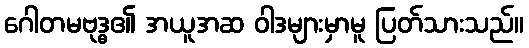
ဂေါတမဗုဒ္ဓ၏ အယူအဆ ဝါဒများမှာမူ ပြတ်သားသည်။